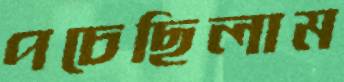
পচেছিলাম